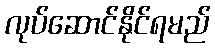
လုပ်ဆောင်နိုင်ရမည်